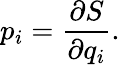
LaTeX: p_{i}={\frac{\partial S}{\partial q_{i}}}.